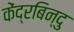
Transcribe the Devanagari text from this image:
केंद्रबिन्दु